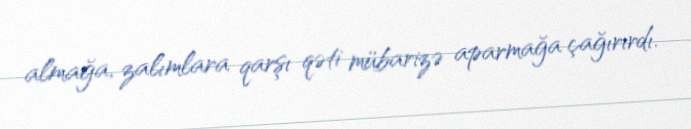
almağa, zalımlara qarşı qəti mübarizə aparmağa çağırırdı.